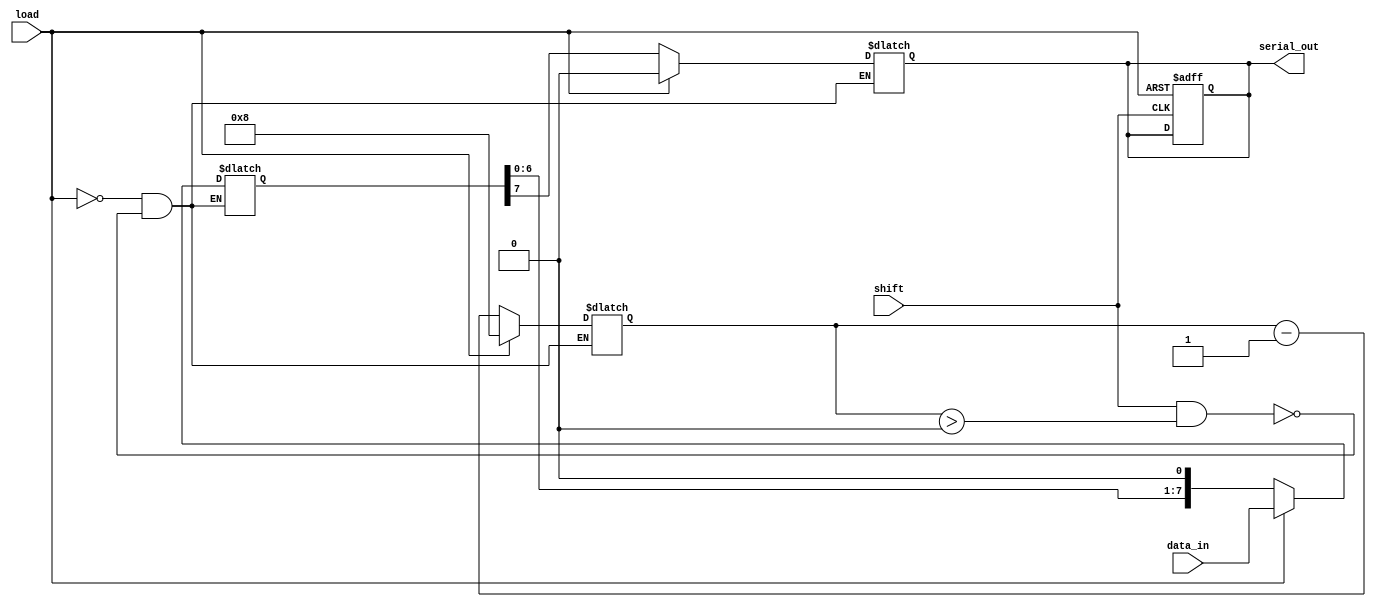
module PISO_Register #(
    parameter N = 8 // Width of the register
)(
    input wire [N-1:0] data_in,  // Parallel data input
    input wire load,              // Asynchronous load signal
    input wire shift,             // Asynchronous shift signal
    output reg serial_out         // Serial output
);

    reg [N-1:0] shift_reg;        // Shift register to hold the data
    reg [3:0] bit_count;          // Counter for the number of bits shifted out

    always @(*) begin
        if (load) begin
            // Load the data into the shift register
            shift_reg <= data_in;
            bit_count <= N; // Reset bit counter to N when loading
            serial_out <= 1'b0; // Output can be defined as needed
        end
        else if (shift && bit_count > 0) begin
            // Shift operation
            serial_out <= shift_reg[N-1]; // Output the MSB
            shift_reg <= {shift_reg[N-2:0], 1'b0}; // Shift left
            bit_count <= bit_count - 1; // Decrease bit count
        end
    end

    // Ensure the serial_out retains its value when neither load nor shift is active
    always @(posedge load or posedge shift) begin
        // No need to handle clock here since it's asynchronous
        if (load) begin
            // When load is active, serial_out is driven by the new data
            serial_out <= 1'b0; // Or some defined state
        end
    end

endmodule